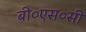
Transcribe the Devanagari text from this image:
बी०एस०सी